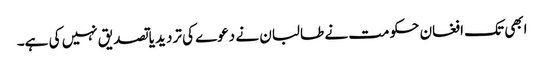
ابھی تک افغان حکومت نے طالبان نے دعوے کی تردید یا تصدیق نہیں کی ہے۔